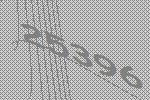
25396